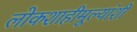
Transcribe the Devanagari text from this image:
लोकशाहीमूल्यांशी